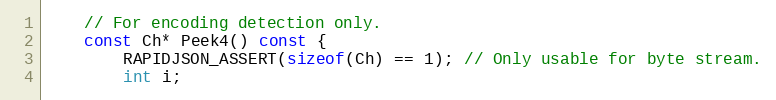
Language: C
    // For encoding detection only.
    const Ch* Peek4() const {
        RAPIDJSON_ASSERT(sizeof(Ch) == 1); // Only usable for byte stream.
        int i;